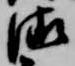
清